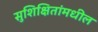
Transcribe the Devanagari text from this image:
सुशिक्षितांमधील